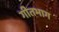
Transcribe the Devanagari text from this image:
गीतभाग